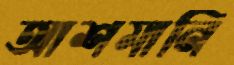
আশমানি